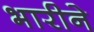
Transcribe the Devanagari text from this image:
भारीने